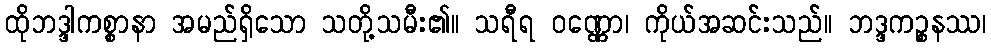
ထိုဘဒ္ဒါကစ္စာနာ အမည်ရှိသော သတို့သမီး၏။ သရီရ ဝဏ္ဏော၊ ကိုယ်အဆင်းသည်။ ဘဒ္ဒကဉ္စနဿ၊